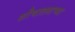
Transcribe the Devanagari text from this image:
शौचालयाच्या